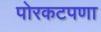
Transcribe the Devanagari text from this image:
पोरकटपणा